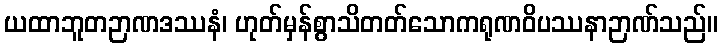
ယထာဘူတဉာဏဒဿနံ၊ ဟုတ်မှန်စွာသိတတ်သောကရုဏဝိပဿနာဉာဏ်သည်။